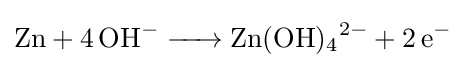
{\ce {Zn + 4 OH- -> Zn(OH)4^2- + 2e-}}